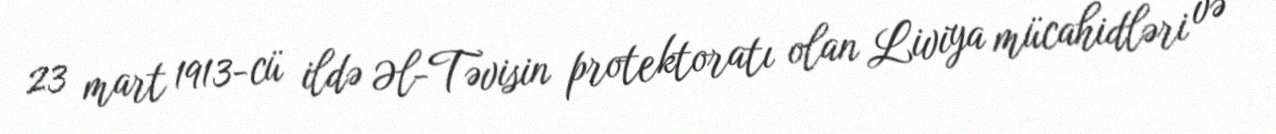
23 mart 1913-cü ildə Əl-Təvisin protektoratı olan Liviya mücahidləri və